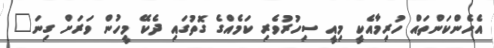
އެހެންކަންތައް ހުރިމާއެކީ މިއީ ސިހުރުވެރި ކަމެއްގެ ގޮތުގައި ދެކޭ މީހުން ވަރަށް ގިނަ"